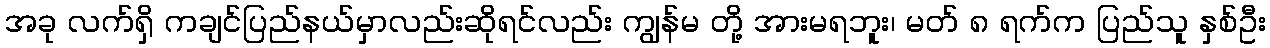
အခု လက်ရှိ ကချင်ပြည်နယ်မှာလည်းဆိုရင်လည်း ကျွန်မ တို့ အားမရဘူး၊ မတ် ၈ ရက်က ပြည်သူ နှစ်ဦး